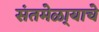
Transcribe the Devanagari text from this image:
संतमेळा्याचे